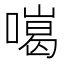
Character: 𠾩